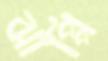
ঝাপ্পি